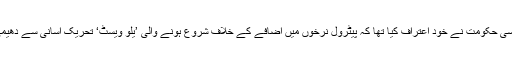
واضح رہے کہ فرانسیسی حکومت نے خود اعتراف کیا تھا کہ پیٹرول نرخوں میں اضافے کے خلاف شروع ہونے والی ’یلو ویسٹ‘ تحریک آسانی سے دھیمی ہونے والی نہیں ہے۔